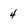
Character: 4